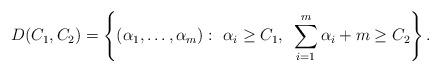
LaTeX: \begin{align*}D(C_1,C_2)=\left\{(\alpha_1,\ldots,\alpha_m): ~\alpha_i \ge C_1,~\sum_{i=1}^m \alpha_i+m \ge C_2\right\}.\end{align*}